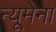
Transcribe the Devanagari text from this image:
न्यूमेना